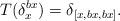
LaTeX: \begin{align*}T(\delta_x^{bx}) = \delta_{[x,bx,bx]}.\end{align*}